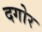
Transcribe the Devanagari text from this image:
दगोर